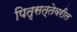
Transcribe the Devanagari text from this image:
पितृसत्तेवरील